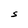
Character: S